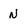
Character: N